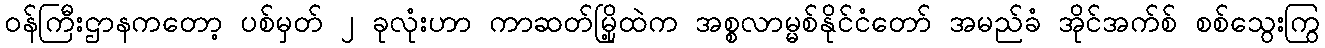
ဝန်ကြီးဌာနကတော့ ပစ်မှတ် ၂ ခုလုံးဟာ ကာဆတ်မြို့ထဲက အစ္စလာမ္မစ်နိုင်ငံတော် အမည်ခံ အိုင်အက်စ် စစ်သွေးကြွ